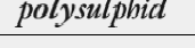
polysulphid